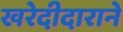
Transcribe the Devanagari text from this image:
खरेदीदाराने